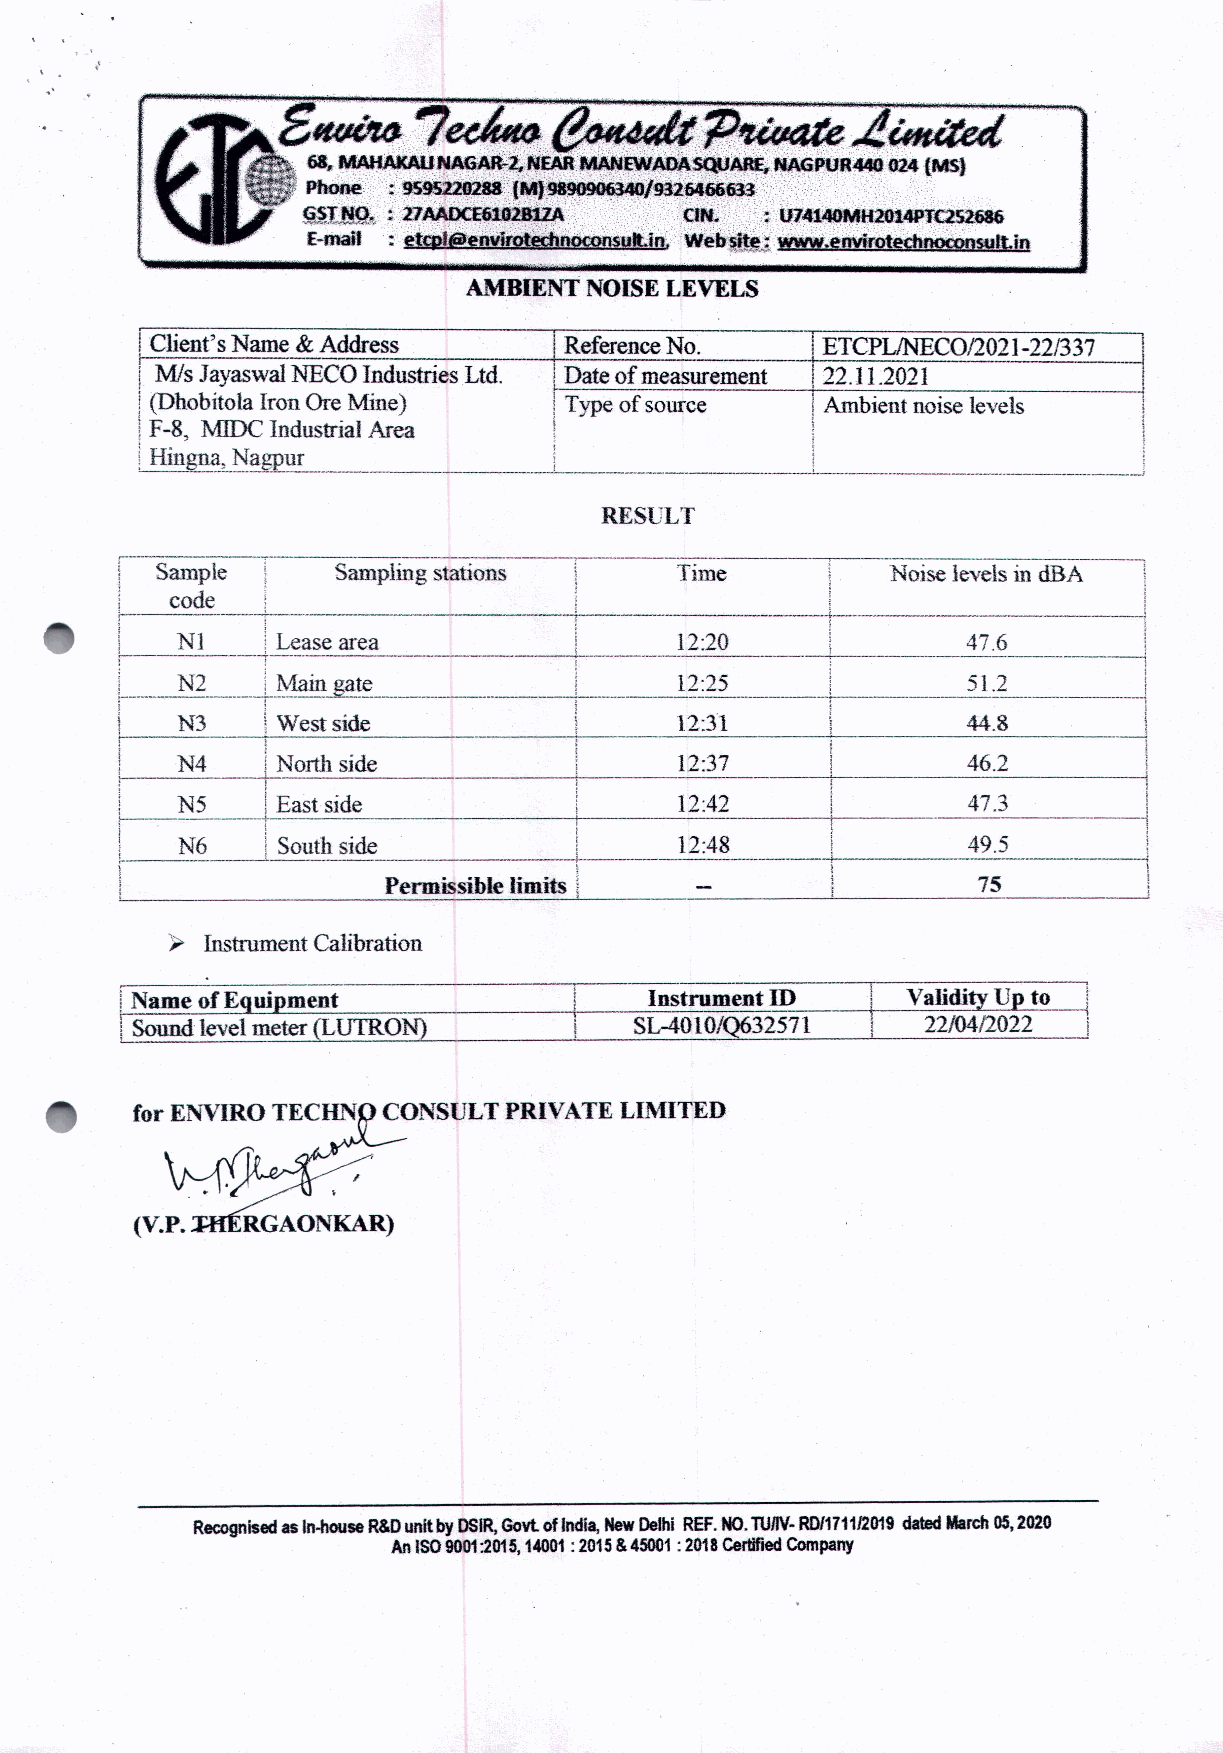
, '
 "
 AMBIENT NOISE LEVELS
 ------J
 ~t's  Name &~~dress       ~eference No:..____ !ETCPLINEC0I2Q21-22/337
 i Mis Jayaswal NEeO Industries Ltd. ~Date of measurement I22.112021 i
 i
 (Dhobitola Iron Ore Mine)  1 Type of source 1IAmbient noise levels --1
 1 F-8, MIDC Industrial Area                                        I.
 i
 Hingna, Nagpur
 i                ,                     ,
 ----.--.------------- .    ,.:....._ ~       L_                    !
 RESULT
 !
 '----San;ple--r-----S~pling -~t~b~ns-- ------Til~~--------r---Noilsevecls indBA--1
 ; r---c -o -d -e -l---I-------------------r---j ----------------t---,
 -----------------f
 i
 -~==--
 i         i
 N Nl ]----L -e ~ase ~ar 4ea =~~~-~t~-, ~12: ~20 -~~~~~~~1:::=~==4 -7. -:6 ;~~~=:~=~:~~~,
 ==~:~=1i~~~-=~=----!
 ~~=---
 51
 I   N3   1 West side                 12:31     l        44.8        i
 I
 I
 N4    North side                 12:37              46.2
 Ii                                                      j
 N5    East side                  12:42              47.3
 j-
 •,  N6
 ----l..
 i South side        +,1 -2:48!
 +_
 ----4 -9. -5 ------1!
 \!                            ~!               I!
 Permissible limits                     75         1
 >-
 Instrument Calibration
 ~i Name of Equi ~pm ~~e =nt
 =~~      ------~
 Instrument ID ----~~--V -a -lid ~it -y -U ~p to
 ~
 !
 ISound level meter (LUTRON)   i   SL-4010/Q632571    22/04/2022 i
 for El'I'VIRO TECHN CONSULT PRIVATE LIMITED
 (V.P.
 Recognised as In-house R&Dunit byOSIR,Govt.ofIndia, NewDelhi REF.NO.runv·RD/171112019 dated March 05,2020
 AnISO9001:2015,14001:2015 &45001 :2018CertifiedCompany